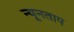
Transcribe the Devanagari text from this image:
न्यूनताप